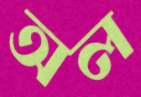
অল